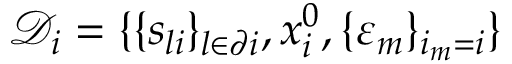
\mathcal { D } _ { i } = \{ \{ s _ { l i } \} _ { l \in \partial i } , x _ { i } ^ { 0 } , \{ \varepsilon _ { m } \} _ { i _ { m } = i } \}